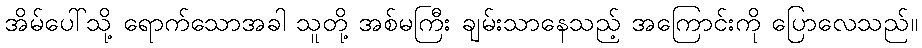
အိမ်ပေါ်သို့ ရောက်သောအခါ သူတို့ အစ်မကြီး ချမ်းသာနေသည့် အကြောင်းကို ပြောလေသည်။